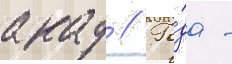
акад // Го́да -